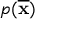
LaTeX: p ( { \overline { { \mathbf { x } } } } )